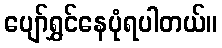
ပျော်ရွှင်နေပုံရပါတယ်။